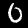
Label: 0